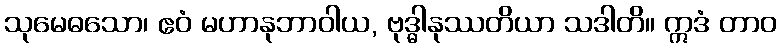
သုမေဓသော၊ ဧဝံ မဟာနုဘာဝါယ, ဗုဒ္ဓါနုဿတိယာ သဒါတိ။ ဣဒံ တာဝ